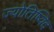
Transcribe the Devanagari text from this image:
ज्योतिष्विद